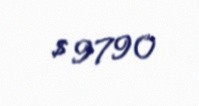
$ 9790